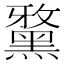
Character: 𪑢